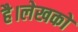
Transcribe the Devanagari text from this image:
है।लेखकों